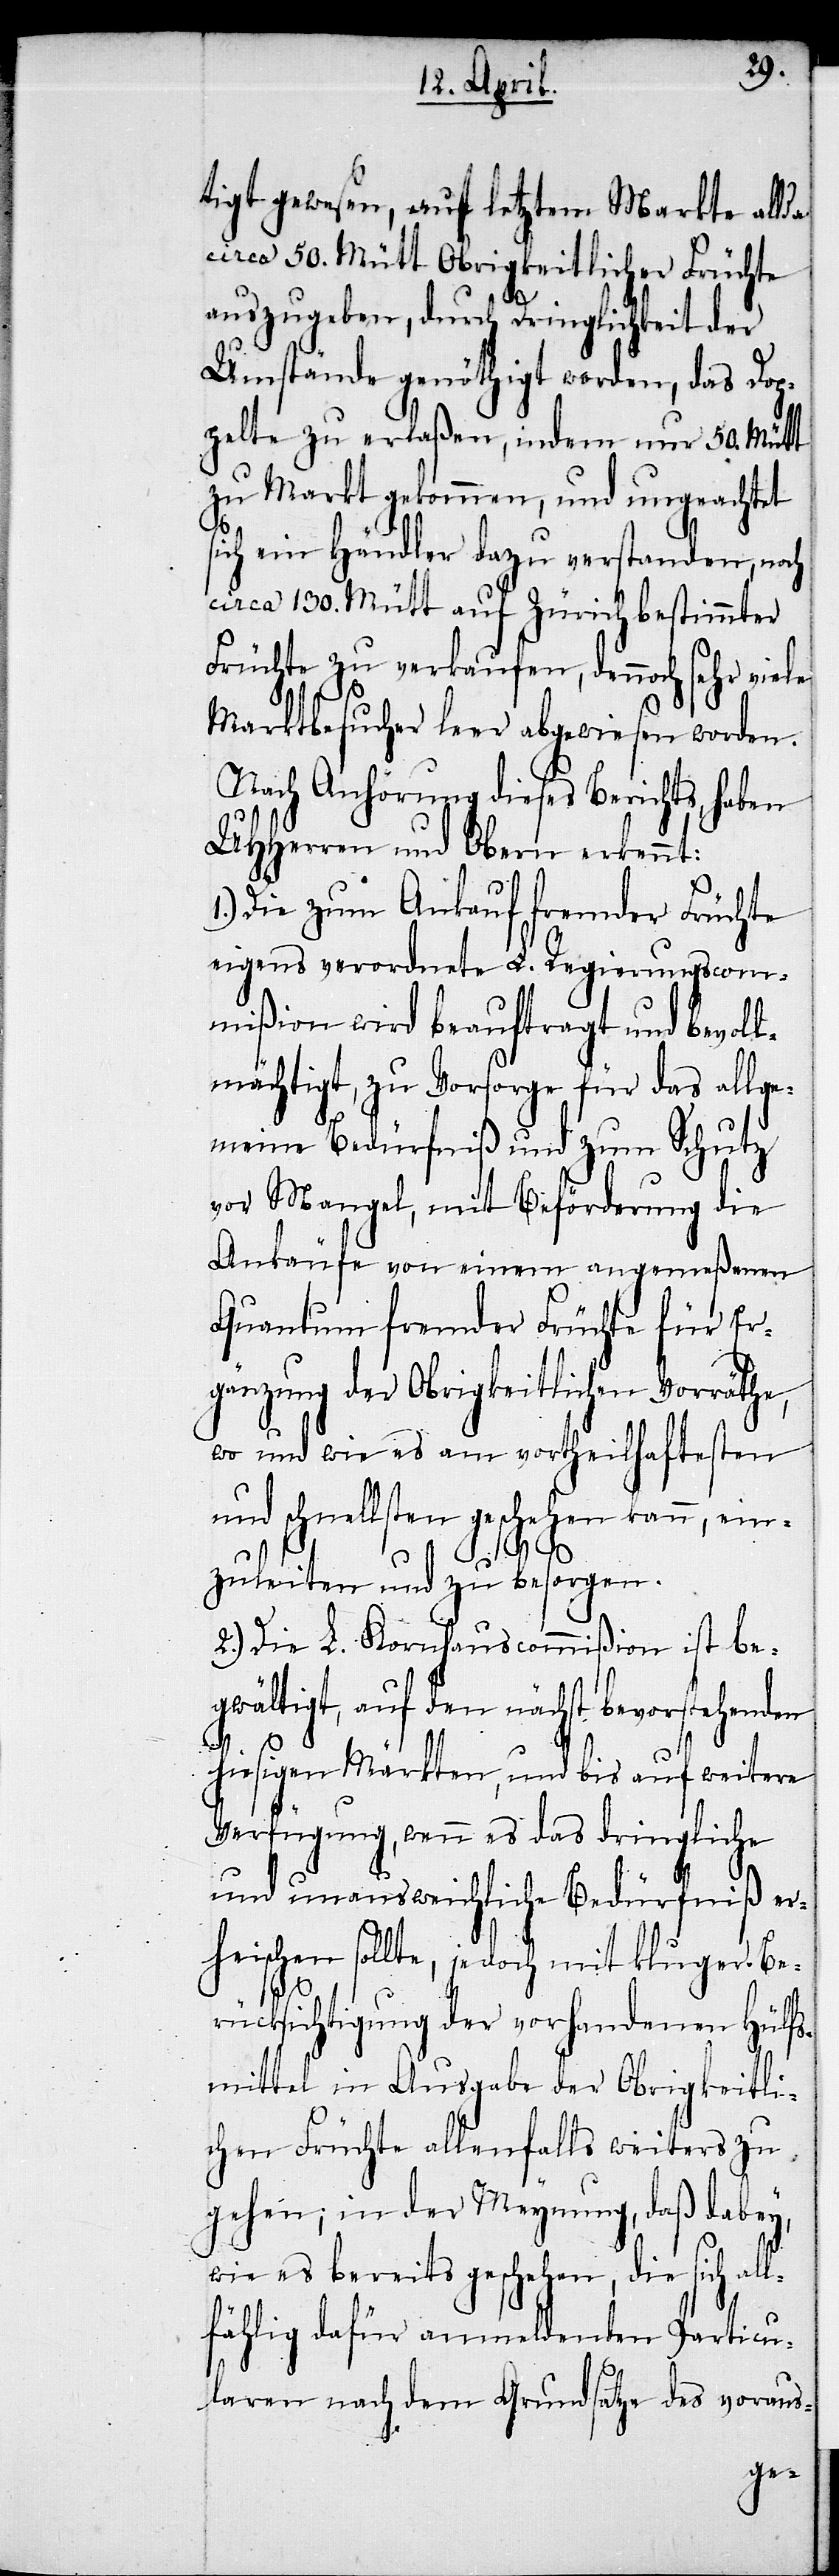
tigt gewesen, auf letztem Markte allda
circa 50. Mütt Obrigkeitlicher Früchte
auszugeben, durch Dringlichkeit der
Umstände genöthigt worden, das Dop¬
pelte zu erlaßen, indem nur 50. Mütt
zu Markte gekommen, und ungeachtet
1.)
ich ein Händler dazu verstanden, noch
circa 130. Mütt auf Zürich bestimmter
Früchte zu verkaufen, dennoch sehr viele
Marktbesucher leer abgewiesen worden.
Nach Anhörung dieses Berichts, haben
UHHerren und Obern erkennt:
Die zum Ankauf fremder Früchte
eigens verordnete L. Regierungscom¬
mißion wird beauftragt und bevoll¬
mächtigt, zu Vorsorge für das allge¬
meine Bedürfniß und zum Schutz
vor Mangel, mit Beförderung die
Ankäufe von einem angemeßenen
Quantum fremder Früchte für Er¬
gänzung der Obrigkeitlichen Vorräthe,
wo und wie es am vortheilhaftesten
und schnellsten geschehen kann, ein¬
zuleiten und zu besorgen.
2.) Die L. Kornhauscommißion ist be¬
gwältigt, auf den nächst bevorstehenden
hiesigen Märkten, und bis auf weitere
Verfügung, wenn es das dringliche
und unausweichliche Bedürfniß er¬
heischen sollte, jedoch mit kluger Be¬
rücksichtigung der vorhandenen Hülfs¬
mittel in Ausgabe der Obrigkeitli¬
chen Früchte allenfalls weiters zu
gehen; in der Meynung, daß dabey,
wie es bereits geschehen, die sich all¬
fählig dafür anmeldenden Particu¬
laren nach dem Grundsatze des voraus-